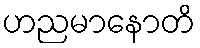
ဟညမာနောတိ